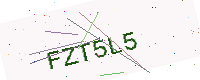
Text: FZT5L5